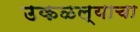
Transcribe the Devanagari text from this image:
उकळल्याचा